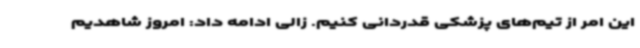
این امر از تیم‌های پزشکی قدردانی کنیم. زالی ادامه داد: امروز شاهدیم